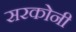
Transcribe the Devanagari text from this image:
सरकोनी